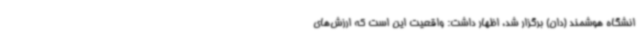
انشگاه هوشمند (دان) برگزار شد، اظهار داشت: واقعیت این است که ارزش‌های